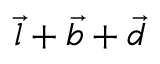
\vec { l } + \vec { b } + \vec { d }